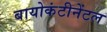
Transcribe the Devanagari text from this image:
बायोकंटीनेंटल